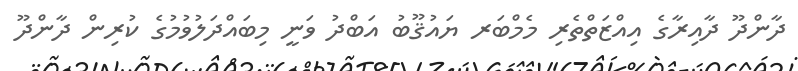
ދާންދޫ ދާއިރާގެ އިއްޒަތްތެރި މެމްބަރ ޔައުޤޫބު އަބްދު ވަނީ މިބައްދަލުވުމުގެ ކުރިން ދާންދޫ